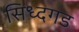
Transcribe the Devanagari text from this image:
सिध्दगड